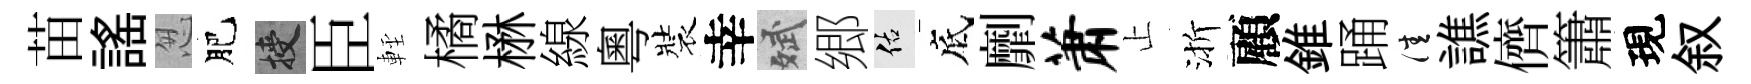
苗謡怱肥授臣䡖橘楙線粵裝幸斌郷佑底劘萧止渐顧錐踊佳譙儕簫現叙